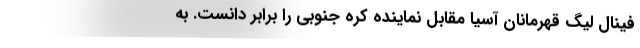
فینال لیگ قهرمانان آسیا مقابل نماینده کره جنوبی را برابر دانست. به